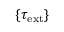
\{ \tau _ { \mathrm { e x t } } \}